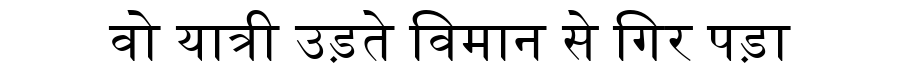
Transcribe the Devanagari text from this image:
वो यात्री उड़ते विमान से गिर पड़ा